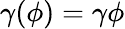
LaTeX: \gamma(\phi)=\gamma\phi